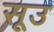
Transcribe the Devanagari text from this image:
सूउ